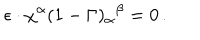
\epsilon \cdot \chi ^ { \alpha } ( 1 - \Gamma ) _ { \alpha } { } ^ { \beta } = 0 \, .